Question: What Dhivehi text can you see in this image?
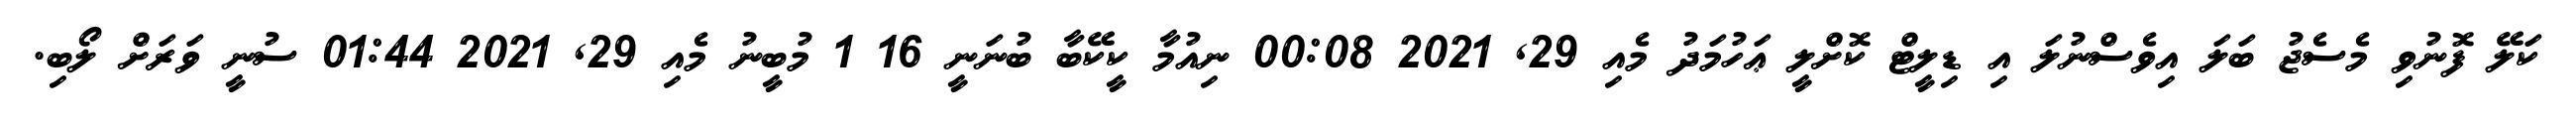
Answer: ކަލޭ ފޮނުވި މެސެޖު ބަލަ އިވެސްނުލަ އި ޑިލީޓް ކޮށްލީ ޢަހުމަދު މެއި 29, 2021 00:08 ނިއުމާ ކީކޭބާ ބުނަނީ 16 1 މުބީނު މެއި 29, 2021 01:44 ސުނީ ވަރަށް ލޯބި.